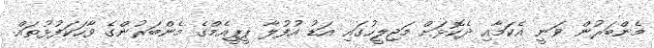
މެންބަރުން ވަނީ އެކަމާއި ދެކޮޅަށް މަޖިލީހުގައި އަޑު އުފުލާ ޕީޕީއެމްގެ މެންބަރުންގެ ވާހަކަފުޅުތައް